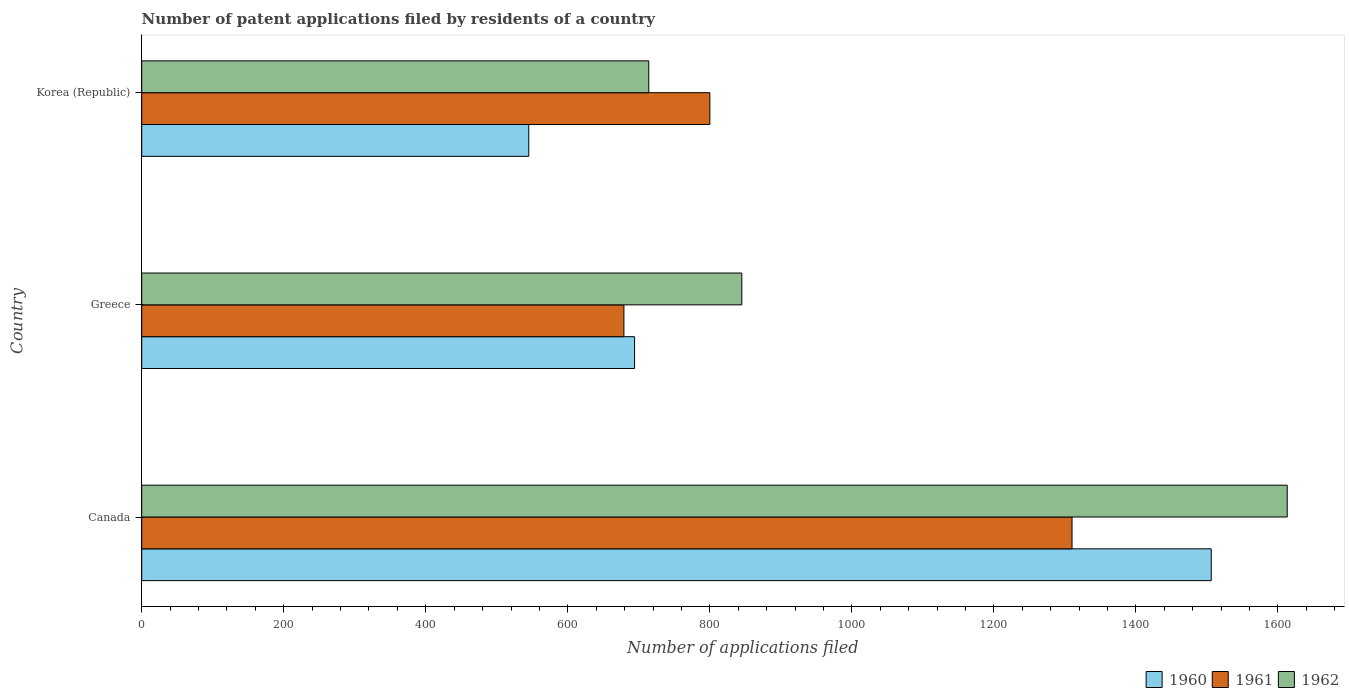
| Country | 1960 | 1961 | 1962 |
 | --- | --- | --- | --- |
 | Canada | 1.51e+03 | 1.31e+03 | 1.61e+03 |
 | Greece | 694 | 679 | 845 |
 | Korea (Republic) | 545 | 800 | 714 |